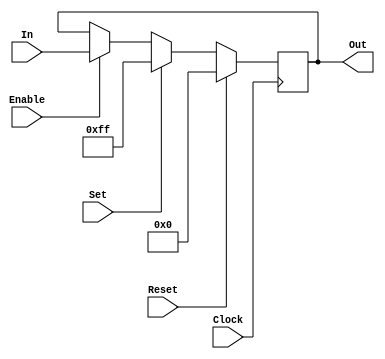
//-----------------------------------------------------------------------
//	Module:		IORegister
//	Desc:		Just like a normal register, but forced into the IOB.
//			for use in capturing data from IO pins.  This block is
//			necessary if clock skew unknown to the synthesis tools
//			causes a "normal" register to be unable to capture bus
//			data properly due to clock skew.
//-----------------------------------------------------------------------
module IORegister(Clock, Reset, Set, Enable, In, Out);
	// System Parameters
	// =================
	parameter width = 8;
	
	// Inputs and Outputs
	// ==================
	input			Clock, Enable, Reset, Set;
	input	[width-1:0]	In;
	output	[width-1:0]	Out;
	reg	[width-1:0]	Out;
	// synthesis attribute iob of Out is true;

	always @ (posedge Clock) begin
		if (Reset) Out <= {width{1'b0}};
		else if (Set) Out <= {width{1'b1}};
		else if (Enable) Out <= In;
	end
endmodule